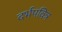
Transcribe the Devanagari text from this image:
दर्भपवित्र